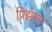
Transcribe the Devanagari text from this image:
प्रिझन्स